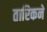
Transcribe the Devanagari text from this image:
तारिकने